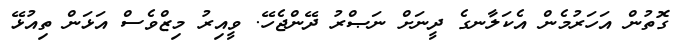
ގޮތުން އަހަރުމެން އެކަލާނގެ ދީނަށް ނަޞްރު ދޭންޖެހޭ. ވީއިރު މިޒްވެސް އަޅަން ތިއުޅޭ